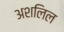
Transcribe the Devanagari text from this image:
अशलिल